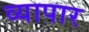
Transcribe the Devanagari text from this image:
व्यापार